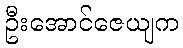
ဦးအောင်ဇေယျက